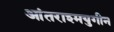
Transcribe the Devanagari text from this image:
आंतराश्मयुगीन